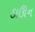
ડાઊન